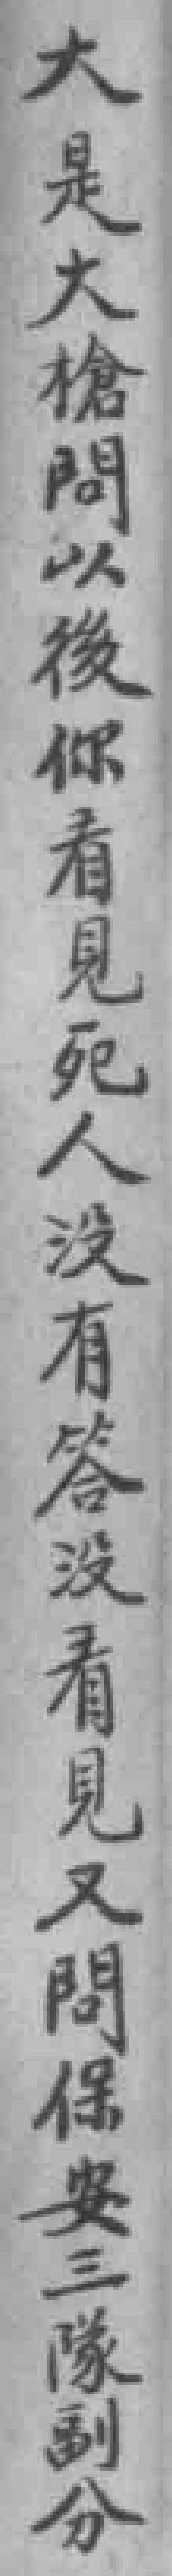
大是大槍問以後你看見死人沒有答沒看見又問保安三隊副分